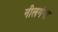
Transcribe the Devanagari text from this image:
नीलगंगा